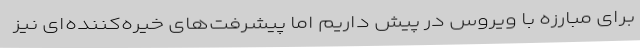
برای مبارزه با ویروس در پیش داریم اما پیشرفت‌های خیره‌کننده‌ای نیز